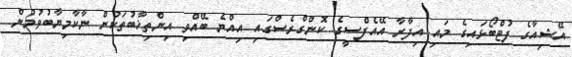
އޭޝިއާގެ ފުޓްބޯޅައިގެ މައި އިދާރާ އޭއެފްސީގެ ކޮންގްރެސްގައި އިއްޔެ ބޭއްވި އިންތިޚާބުތަކުން ނާކާމިޔާބުވުމުން